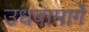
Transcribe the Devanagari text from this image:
उधवामार्गे